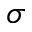
\sigma